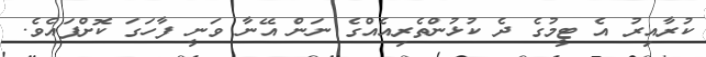
ކުރާއިރު އެ ޓީމުގެ ދެ ކުޅުންތެރިއެއްގެ ނަން އޭނާ ވަނީ ފާހަގަ ކޮށްފައެވެ.